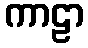
ကာဠာ